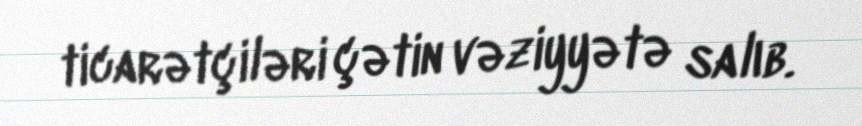
ticarətçiləri çətin vəziyyətə salıb.